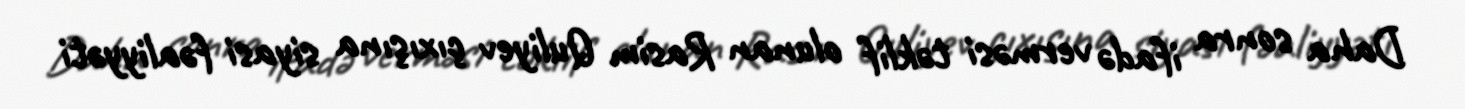
Daha sonra ifadə verməsi təklif olunan Rasim Quliyev çıxışına siyasi fəaliyyəti